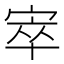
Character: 𡨧